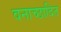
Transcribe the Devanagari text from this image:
वनाच्‍छादित